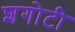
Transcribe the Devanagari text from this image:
शगोटी